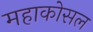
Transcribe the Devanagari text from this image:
महाकोसल